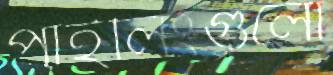
পাইলিংগুলো